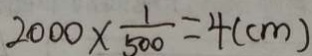
2 0 0 0 \times \frac { 1 } { 5 0 0 } = 4 ( c m )